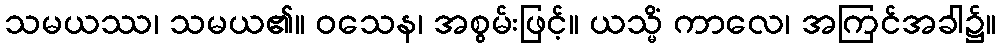
သမယဿ၊ သမယ၏။ ဝသေန၊ အစွမ်းဖြင့်။ ယသ္မိံ ကာလေ၊ အကြင်အခါ၌။